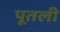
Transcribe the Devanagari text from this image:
पूतली